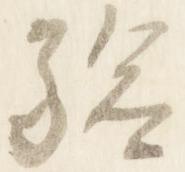
験